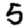
Digit: 5